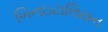
બિનઇટાલિયન